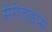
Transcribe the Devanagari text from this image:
सेरोटाइप्स